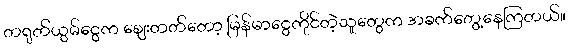
တရုတ်ယွမ်ငွေက ဈေးတတ်တော့ မြန်မာငွေကိုင်တဲ့သူတွေက အခက်တွေ့နေကြတယ်။